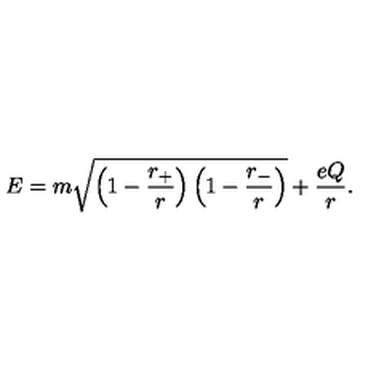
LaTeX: E = m \sqrt { \left( 1 - { \frac { r _ { + } } { r } } \right) \left( 1 - { \frac { r _ { - } } { r } } \right) } + { \frac { e Q } { r } } .